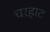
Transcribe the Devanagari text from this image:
चरहाट